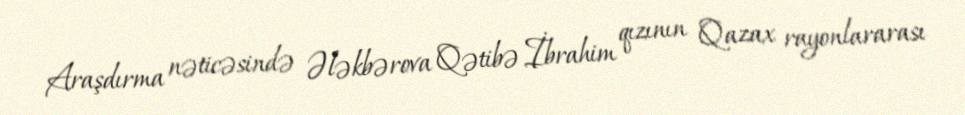
Araşdırma nəticəsində Ələkbərova Qətibə İbrahim qızının Qazax rayonlararası